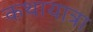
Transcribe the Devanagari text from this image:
कथायात्रा